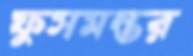
ফুসমন্তর